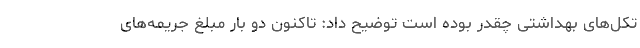
تکل‌های بهداشتی چقدر بوده است توضیح داد: تاکنون دو بار مبلغ جریمه‌های